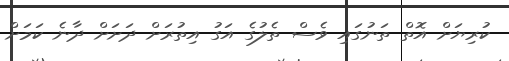
ކުރިޔަށް އޮތް ތަނުގައި ވެސް ތެލުގެ އަގު އިތުރަށް ދަށަށް ދާނެ ކަމަށް